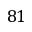
8 1